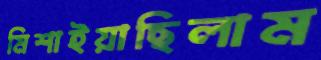
মিশাইয়াছিলাম